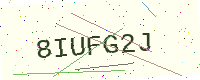
Text: 8IUFG2J